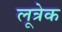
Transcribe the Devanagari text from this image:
लूत्रेक